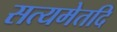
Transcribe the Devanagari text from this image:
सत्यमेतदि